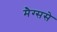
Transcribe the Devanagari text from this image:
मैग्ससे